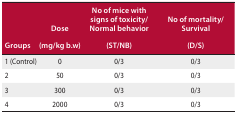
|  | Dose | No of mice with signs of toxicity/Normal behavior | No of mortality/Survival |
 | Groups | (mg/kg b.w) | (ST/NB) | (D/S) |
 | --- | --- | --- | --- |
 | 1 (Control) | 0 | 0/3 | 0/3 |
 | 2 | 50 | 0/3 | 0/3 |
 | 3 | 300 | 0/3 | 0/3 |
 | 4 | 2000 | 0/3 | 0/3 |